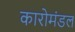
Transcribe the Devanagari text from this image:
कारोमंडल